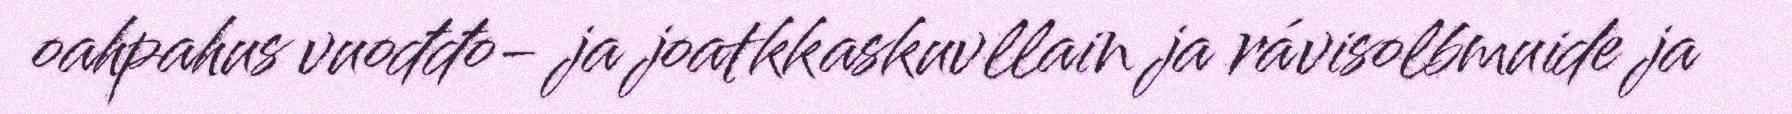
oahpahus vuođđo- ja joatkkaskuvllain ja rávisolbmuide ja